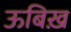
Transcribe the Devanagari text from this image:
ऊबिख़